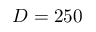
D = 2 5 0